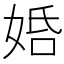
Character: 𡜶